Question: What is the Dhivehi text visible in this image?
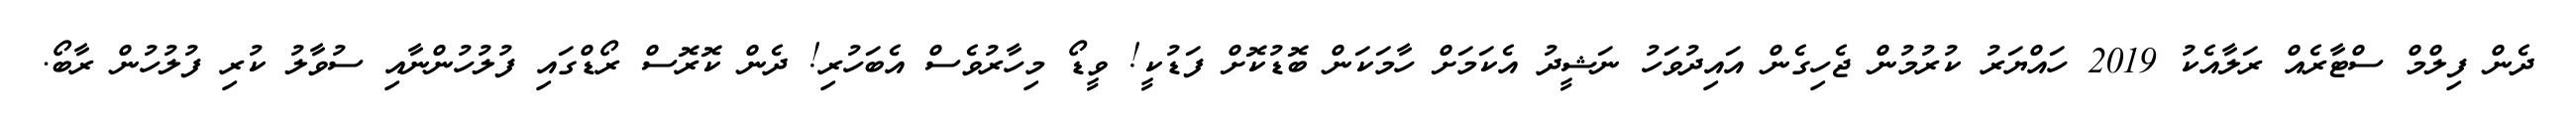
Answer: ދެން ފިލްމް ސްޓާރެއް ރަލާއެކު 2019 ހައްޔަރު ކުރުމުން ޖެހިގެން އައިދުވަހު ނަޝީދު އެކަމަށް ހާމަކަން ބޮޑުކޮށް ފަޑުކީ! ވީޑޯ މިހާރުވެސް އެބަހުރި! ދެން ކޮރޮސް ރޯޑްގައި ފުލުހުންނާއި ސުވާލު ކުރި ފުލުހުން ރާބޯ.